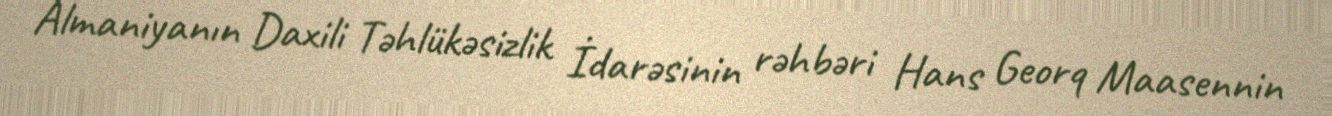
Almaniyanın Daxili Təhlükəsizlik İdarəsinin rəhbəri Hans Georq Maasennin